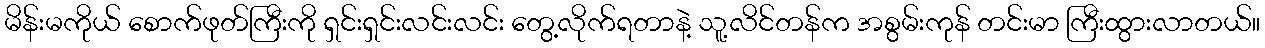
မိန်းမကိုယ် စောက်ဖုတ်ကြီးကို ရှင်းရှင်းလင်းလင်း တွေ့လိုက်ရတာနဲ့ သူ့လိင်တန်က အစွမ်းကုန် တင်းမာ ကြီးထွားလာတယ်။